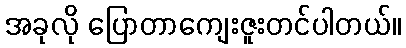
အခုလို ပြောတာကျေးဇူးတင်ပါတယ်။